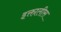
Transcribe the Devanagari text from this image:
इक्तालीस